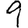
Digit: 9